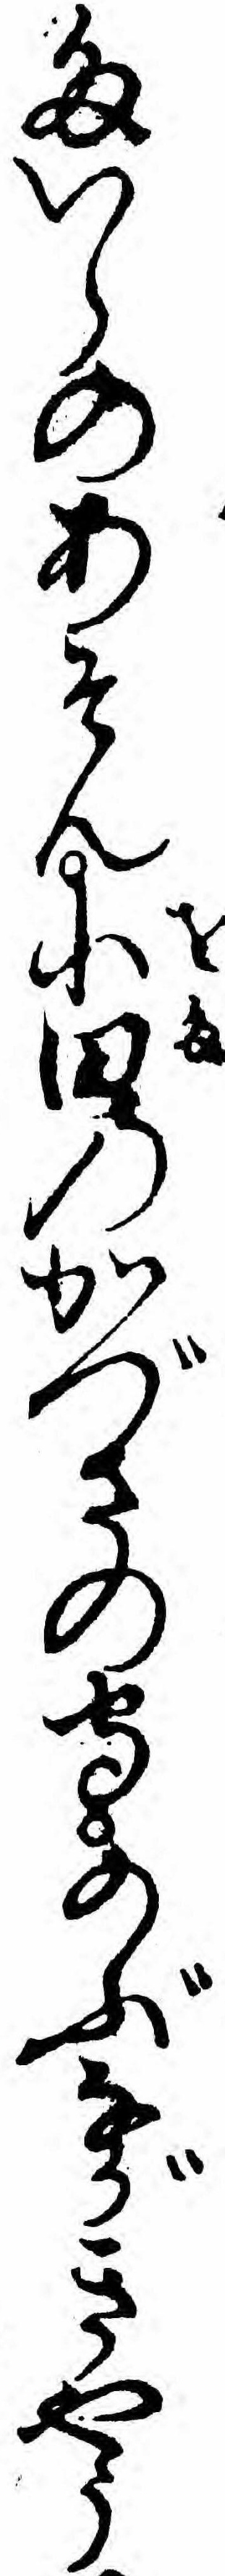
たいらのあそん小田のかづさの守のぶながきやう